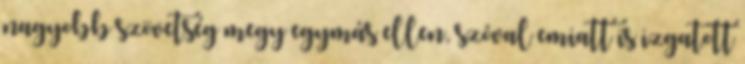
nagyobb szövetség megy egymás ellen, szóval emiatt is izgatott